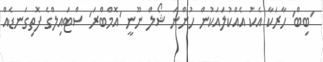
'ބިބް' ހާރަކާ އެކު އެއްކުލައަކުން ހުންނަ ޝޯލް ނޫނީ 'އޮމްބްރަ' ސްޓައިލްގެ ފޮތިގަނޑެއް